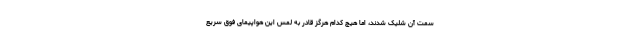
سمت آن شلیک شدند، اما هیچ کدام هرگز قادر به لمس این هواپیمای فوق سریع